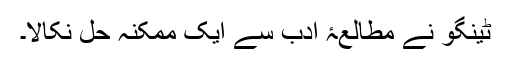
ٹینگو نے مطالعۂ ادب سے ایک ممکنہ حل نکالا۔